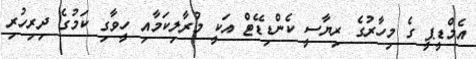
އެމްޑީޕީ ގެ މިހާރުގެ ރިޔާސީ ކެންޑިޑޭޓް އަކީ މުރާލިކަމާއި ހީވާގި ކަމުގެ ދިރިހުރި